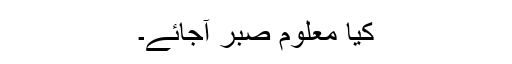
کیا معلوم صبر آجائے۔